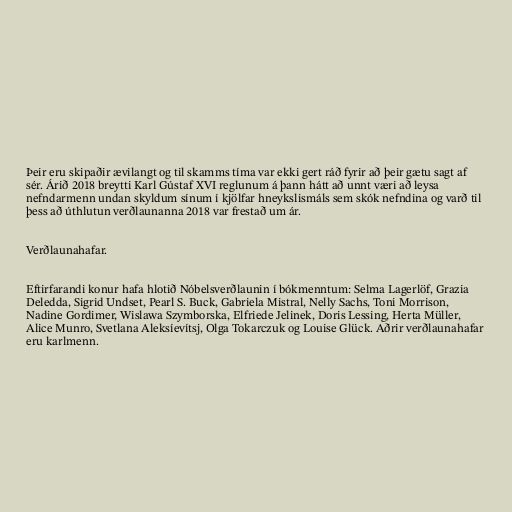
Þeir eru skipaðir ævilangt og til skamms tíma var ekki gert ráð fyrir að þeir gætu sagt af
sér. Árið 2018 breytti Karl Gústaf XVI reglunum á þann hátt að unnt væri að leysa
nefndarmenn undan skyldum sínum í kjölfar hneykslismáls sem skók nefndina og varð til
þess að úthlutun verðlaunanna 2018 var frestað um ár.

Verðlaunahafar.

Eftirfarandi konur hafa hlotið Nóbelsverðlaunin í bókmenntum: Selma Lagerlöf, Grazia
Deledda, Sigrid Undset, Pearl S. Buck, Gabriela Mistral, Nelly Sachs, Toni Morrison,
Nadine Gordimer, Wislawa Szymborska, Elfriede Jelinek, Doris Lessing, Herta Müller,
Alice Munro, Svetlana Aleksíevítsj, Olga Tokarczuk og Louise Glück. Aðrir verðlaunahafar
eru karlmenn.